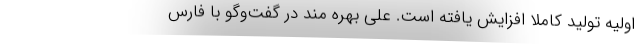
اولیه تولید کاملا افزایش یافته است. علی بهره مند در گفت‌وگو با فارس